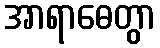
အာရာဓေတွာ